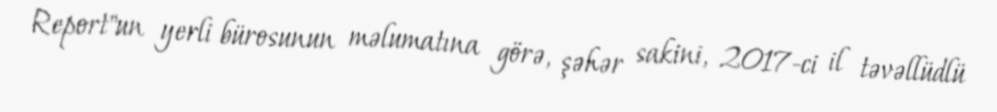
Report"un yerli bürosunun məlumatına görə, şəhər sakini, 2017-ci il təvəllüdlü